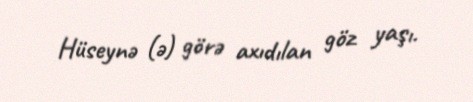
Hüseynə (ə) görə axıdılan göz yaşı.